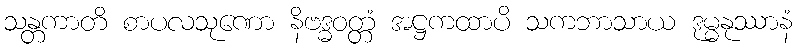
သန္တကာတိ စာပလသုဏော နိဗဒ္ဓဝတ္တံ အဋ္ဌကထာပိ သကဘာသာယ ဒုမ္မနုဿာနံ